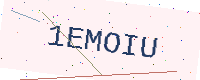
Text: 1EMOIU